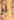
او